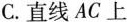
C.直线AC上